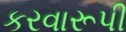
કરવારૂપી